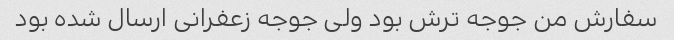
سفارش من جوجه ترش بود ولی جوجه زعفرانی ارسال شده بود